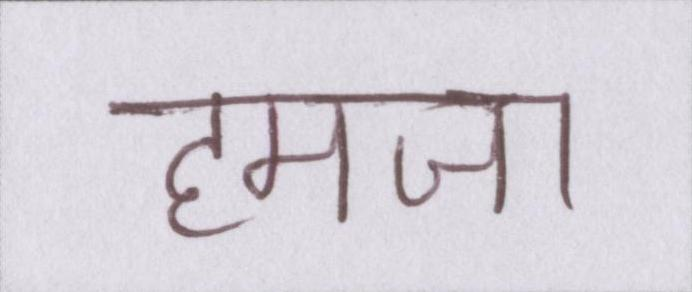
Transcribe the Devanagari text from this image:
हमजा